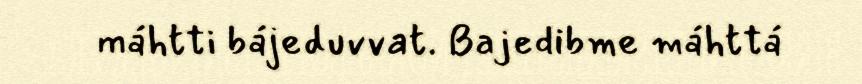
máhtti bájeduvvat. Bajedibme máhttá